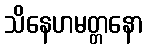
သိနေဟမတ္တနော